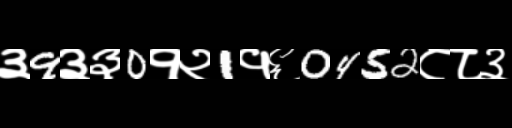
Text: ३9३३0१२1१६0452८८३